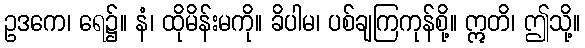
ဥဒကေ၊ ရေ၌။ နံ၊ ထိုမိန်းမကို။ ခိပါမ၊ ပစ်ချကြကုန်စို့။ ဣတိ၊ ဤသို့။